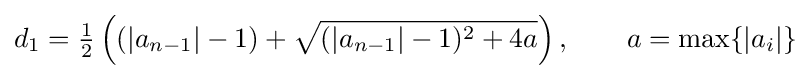
d_{1}={\tfrac {1}{2}}\left((|a_{n-1}|-1)+{\sqrt {(|a_{n-1}|-1)^{2}+4a}}\right),\qquad a=\max\{|a_{i}|\}